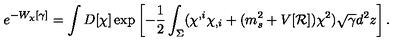
e ^ { - W _ { \chi } [ \gamma ] } = \int D [ \chi ] \exp \left[ - \frac 1 2 \int _ { \Sigma } ( \chi ^ { , i } \chi _ { , i } + ( m _ { s } ^ { 2 } + V [ { \cal R } ] ) \chi ^ { 2 } ) \sqrt { \gamma } d ^ { 2 } z \right] .